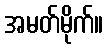
အမတ်မိုက်။